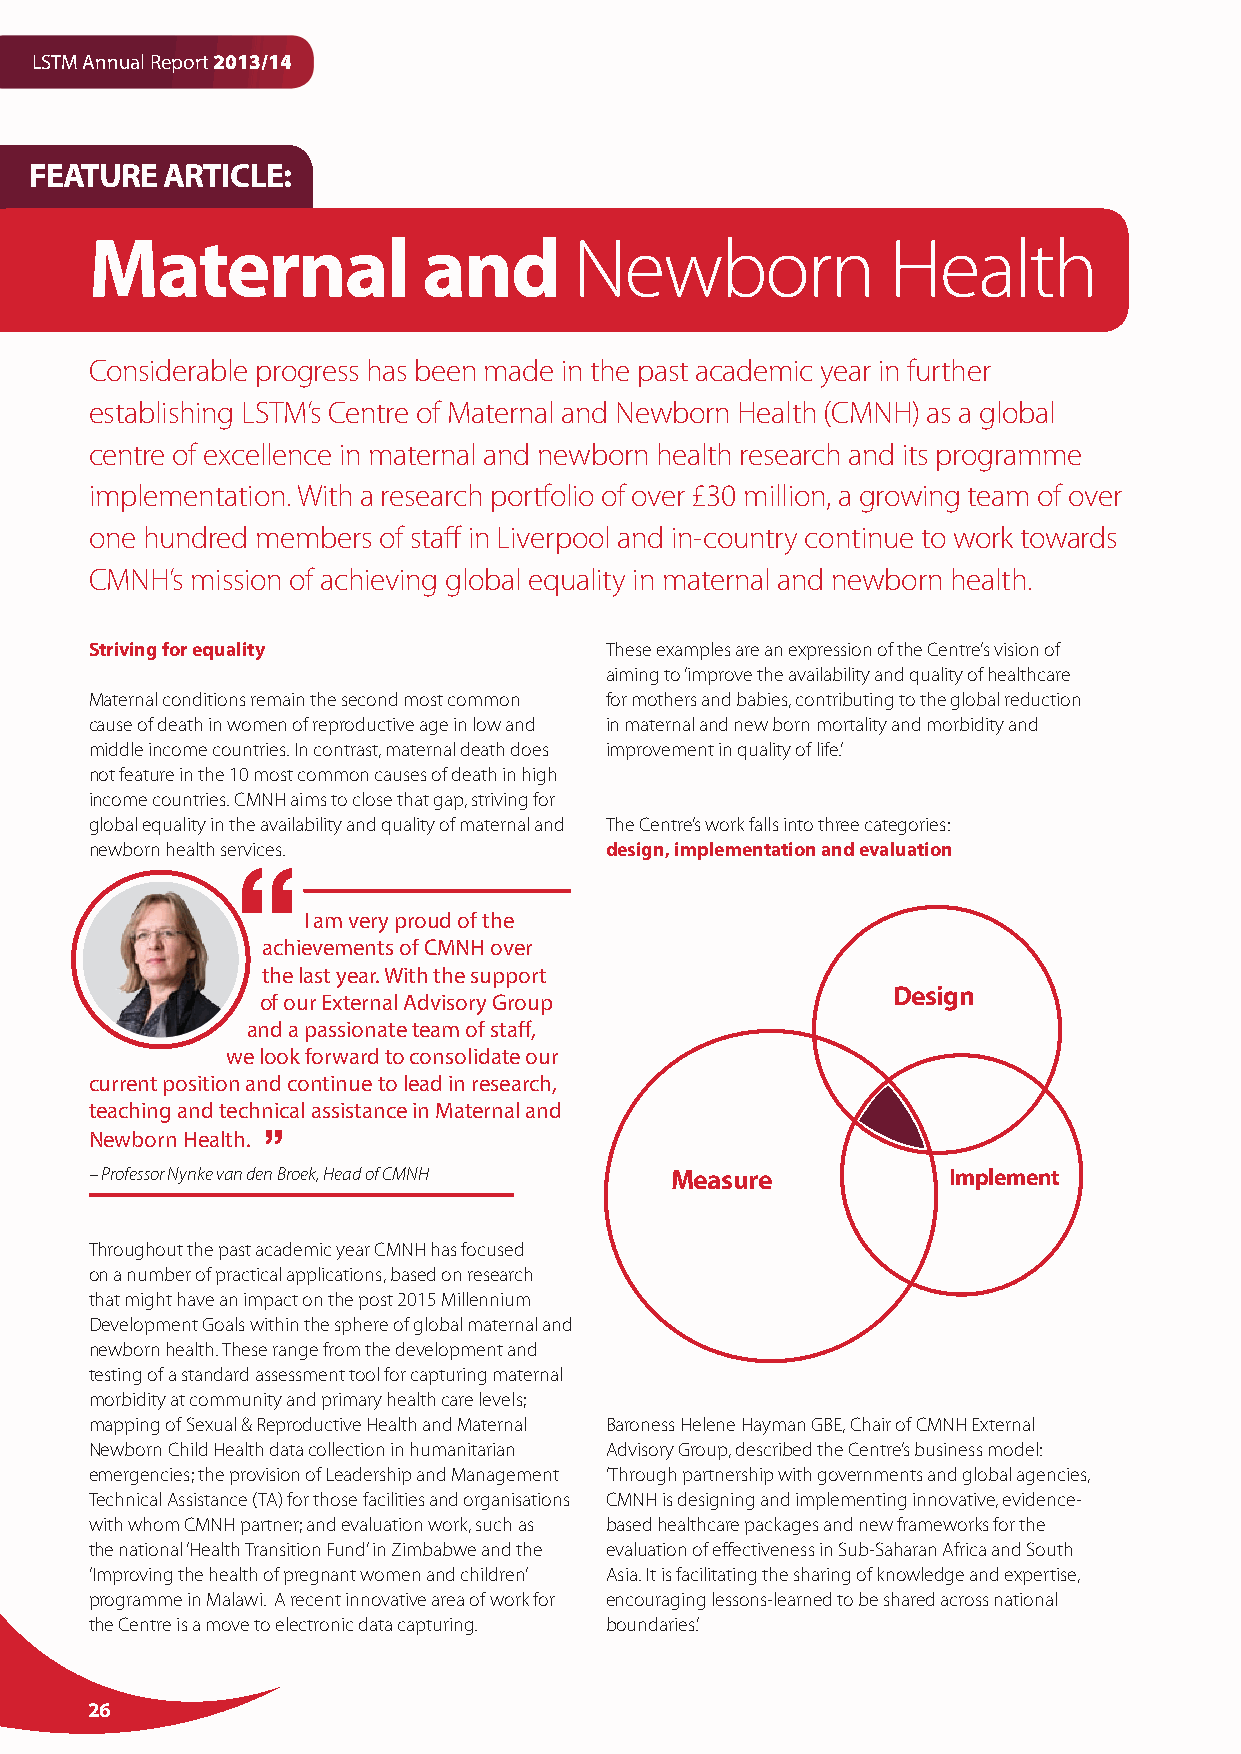
LSTM Annual Report 2013/14
 FEATURE  ARTICLE:
 Maternal              and       Newborn              Health
 Considerable progress has been made in the past academic year in further
 establishing LSTM’s Centre of Maternal and Newborn Health (CMNH) as a global
 centre of excellence in maternal and newborn health research and its programme
 implementation. With a research portfolio of over £30 million, a growing team of over
 one hundred members of staff in Liverpool and in-country continue to work towards
 CMNH’s mission of achieving global equality in maternal and newborn health.
 Striving for equality             These examples are an expression of the Centre’s vision of
 aiming to ‘improve the availability and quality of healthcare
 Maternal conditions remain the second most common for mothers and babies, contributing to the global reduction
 cause of death in women of reproductive age in low and in maternal and new born mortality and morbidity and
 middle income countries. In contrast, maternal death does improvement in quality of life.’
 not feature in the 10 most common causes of death in high
 income countries. CMNH aims to close that gap, striving for
 global equality in the availability and quality of maternal and The Centre’s work falls into three categories:
 newborn health services.          design, implementation and evaluation
 I am very proud of the
 achievements of CMNH over
 the last year. With the support
 Design
 of our External Advisory Group
 and a passionate team of staff,
 we look forward to consolidate our
 current position and continue to lead in research,
 teaching and technical assistance in Maternal and
 Newborn Health.
 – Professor Nynke van den Broek, Head of CMNH Measure    Implement
 Throughout the past academic year CMNH has focused
 on a number of practical applications, based on research
 that might have an impact on the post 2015 Millennium
 Development Goals within the sphere of global maternal and
 newborn health. These range from the development and
 testing of a standard assessment tool for capturing maternal
 morbidity at community and primary health care levels;
 mapping of Sexual & Reproductive Health and Maternal Baroness Helene Hayman GBE, Chair of CMNH External
 Newborn Child Health data collection in humanitarian Advisory Group, described the Centre’s business model:
 emergencies; the provision of Leadership and Management ‘Through partnership with governments and global agencies,
 Technical Assistance (TA) for those facilities and organisations CMNH is designing and implementing innovative, evidence-
 with whom CMNH partner; and evaluation work, such as based healthcare packages and new frameworks for the
 the national ‘Health Transition Fund’ in Zimbabwe and the evaluation of effectiveness in Sub-Saharan Africa and South
 ‘Improving the health of pregnant women and children’ Asia. It is facilitating the sharing of knowledge and expertise,
 programme in Malawi. A recent innovative area of work for encouraging lessons-learned to be shared across national
 the Centre is a move to electronic data capturing. boundaries.’
 26